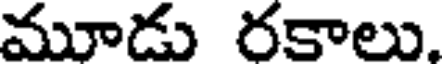
మూడు రకాలు.